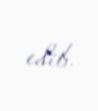
edib.